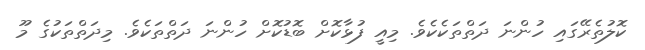
ކޮލުތެރޭގައި ހުންނަ ދަތްތަކެކެވެ. މިއީ ފުޅާކޮށް ބޮޑުކޮށް ހުންނަ ދަތްތަކެވެ. މިދަތްތަކުގެ މޫ